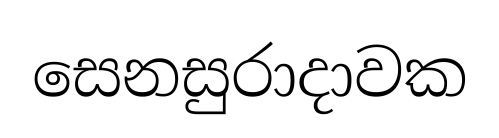
සෙනසුරාදාවක